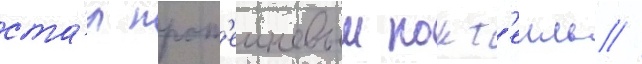
ста́л прот'еиновыи кокт'еиль //